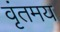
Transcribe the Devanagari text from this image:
वृंतमय